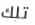
تلك